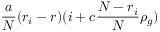
\frac { a } { N } ( r _ { i } - r ) ( i + c \frac { N - r _ { i } } { N } \rho _ { g } )